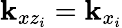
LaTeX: \mathbf{k}_{xz_{i}}=\mathbf{k}_{x_{i}}